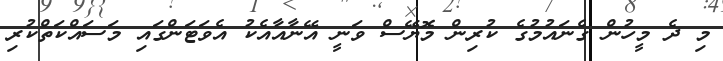
މި ދެ މީހުން ގެނައުމުގެ ކުރިން މޮޔޭސް ވަނީ އޭނާއާއެކު އެވަޓަންގައި މަސައްކަތްކުރި